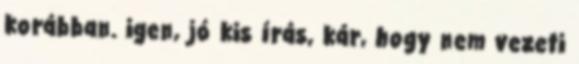
korábban. igen, jó kis írás, kár, hogy nem vezeti